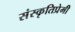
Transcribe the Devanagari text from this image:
संस्कृतिप्रेमी